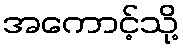
အကောင့်သို့